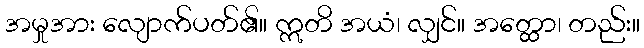
အမှုအား လျောက်ပတ်၏။ ဣတိ အယံ၊ လျှင်။ အတ္ထော၊ တည်း။